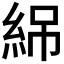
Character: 𬗏